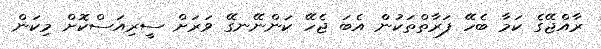
ރާއްޖޭގެ ކަމާ ބެހޭ ފަރާތްތަކުން އެބަ ޖެހޭ ކަންނޭނގޭ ވަރަށް ސީރިއަސްކޮށް މިކަން